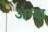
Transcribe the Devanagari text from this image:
अंग्या